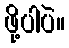
ဖို့ပါပဲ။